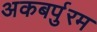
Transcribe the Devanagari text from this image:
अकबर्पुरम